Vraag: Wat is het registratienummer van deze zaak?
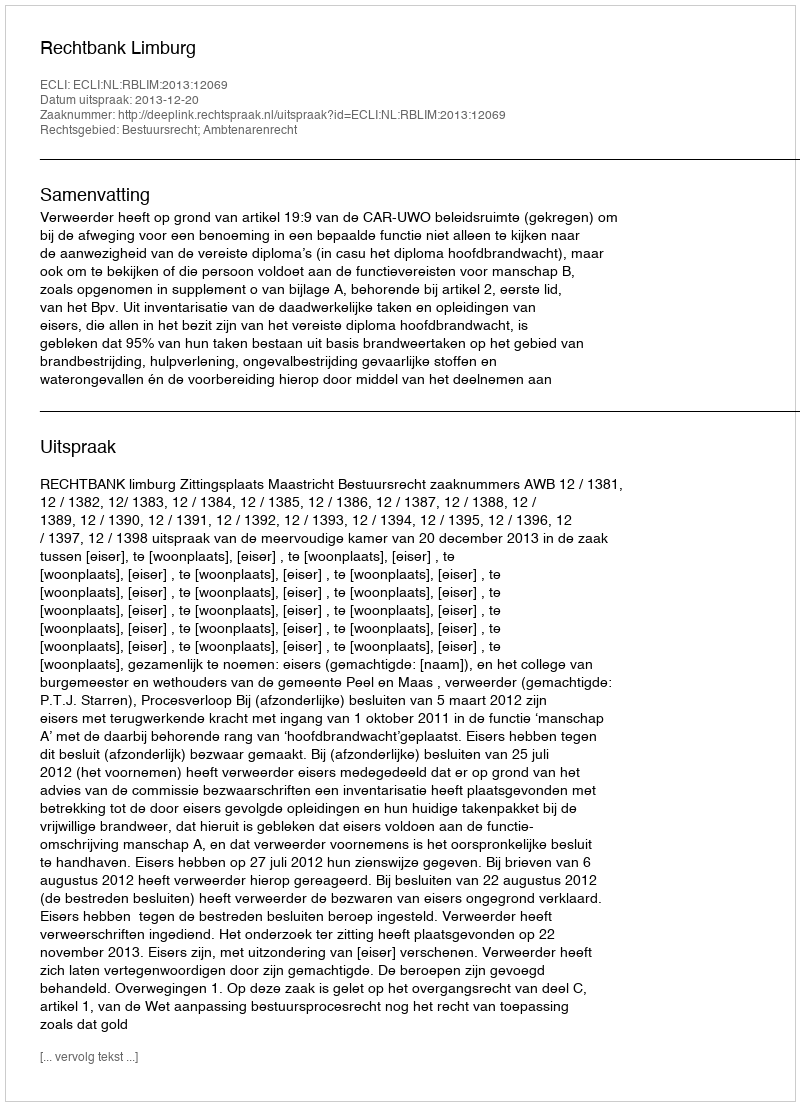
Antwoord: http://deeplink.rechtspraak.nl/uitspraak?id=ECLI:NL:RBLIM:2013:12069